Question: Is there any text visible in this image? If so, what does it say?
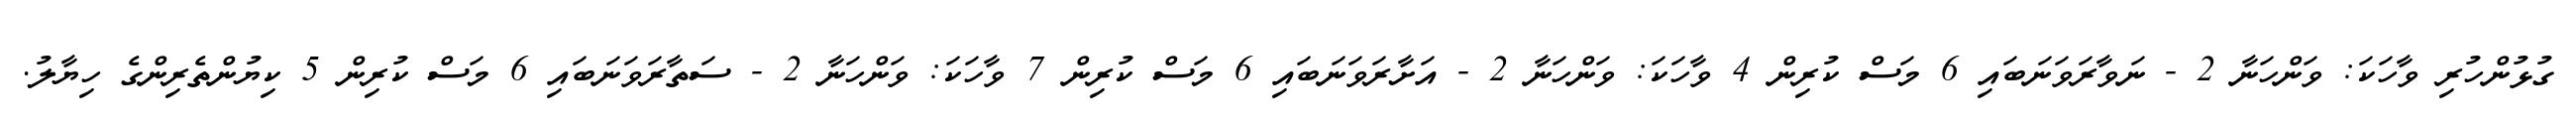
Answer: ގުޅުންހުރި ވާހަކަ: ވަންހަނާ 2 - ނަވާރަވަނަބައި 6 މަސް ކުރިން 4 ވާހަކަ: ވަންހަނާ 2 - އަށާރަވަނަބައި 6 މަސް ކުރިން 7 ވާހަކަ: ވަންހަނާ 2 - ސަތާރަވަނަބައި 6 މަސް ކުރިން 5 ކިޔުންތެރިންގެ ހިޔާލު.